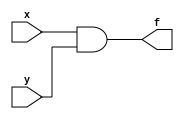
module simpleAND(f,x,y);
 input x,y;
 output f;
 assign f = x & y;
 endmodule